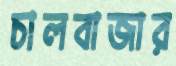
চালবাজার